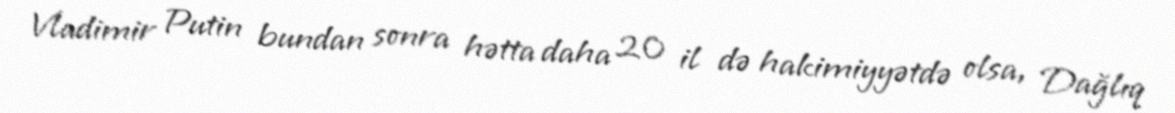
Vladimir Putin bundan sonra hətta daha 20 il də hakimiyyətdə olsa, Dağlıq